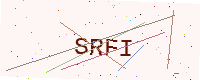
Text: SRFI